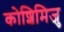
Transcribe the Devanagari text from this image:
कोशिमिजु